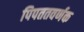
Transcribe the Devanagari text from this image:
पिपततवर्णक